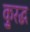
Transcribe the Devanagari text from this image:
कु्रद्ध